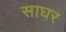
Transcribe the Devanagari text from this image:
साघर